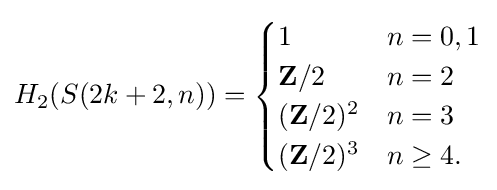
H_{2}(S(2k+2,n))={\begin{cases}1&n=0,1\\\mathbf {Z} /2&n=2\\(\mathbf {Z} /2)^{2}&n=3\\(\mathbf {Z} /2)^{3}&n\geq 4.\end{cases}}